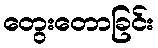
တွေးတောခြင်း